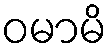
ဝမာမိ